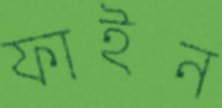
ফাইন